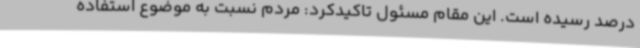
درصد رسیده است. این مقام مسئول تاکیدکرد: مردم نسبت به موضوع استفاده